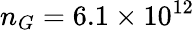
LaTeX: n_{G}=6.1\times 10^{12}